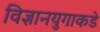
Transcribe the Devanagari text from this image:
विज्ञानयुगाकडे